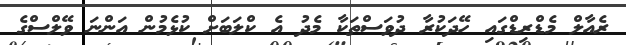
ރެއާލް މެޑްރިޑްގައި ހޭދަކުރާ ދުވަސްތަކާ މެދު އެ ކްލަބަށް ކުޅެމުން އަންނަ ވޭލްސްގެ